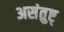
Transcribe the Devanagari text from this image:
असंतुष्ट्